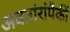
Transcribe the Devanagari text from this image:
अवतांरांपैकीं